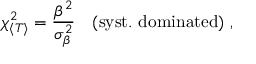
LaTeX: \chi _ { \langle T \rangle } ^ { 2 } = \frac { \beta ^ { 2 } } { \sigma _ { \beta } ^ { 2 } } \quad { ( \mathrm { s y s t . \ d o m i n a t e d ) } } \ ,